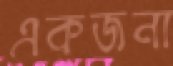
একজনা